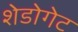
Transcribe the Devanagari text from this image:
शेडोगेट